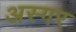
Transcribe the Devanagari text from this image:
अस्गर